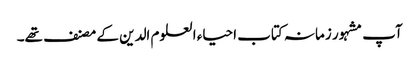
آپ مشہور زمانہ کتاب احیاء العلوم الدین کے مصنف تھے۔